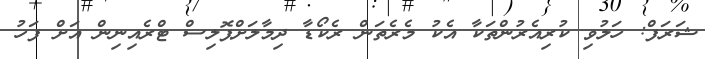
ޝަރަފް: ހަލުވި ކުރިއެރުންތަކާ އެކު މެރެތަން ރެކޯޑާ ދިމާލަށްޕޮލިސް ޓްރެއިނިން އަށް ފަހު